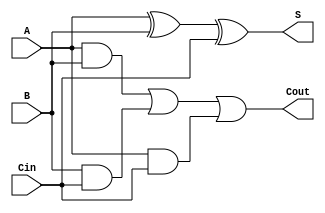
module FullAdder (
    input wire A,     // First input bit
    input wire B,     // Second input bit
    input wire Cin,   // Carry-in bit
    output wire S,    // Sum output
    output wire Cout  // Carry-out output
);

// Intermediate signals
wire xor1_out;      // Intermediate output of the first XOR gate
wire and1_out;      // Output of the first AND gate
wire and2_out;      // Output of the second AND gate
wire and3_out;      // Output of the third AND gate

// Level 1: Sum Calculation
// First XOR gate for A and B
xor (xor1_out, A, B); // xor1_out = A XOR B

// Second XOR gate for intermediate result and Cin
xor (S, xor1_out, Cin); // S = (A XOR B) XOR Cin

// Level 1: Carry-Out Calculation
// AND gates for checking pairs of inputs
and (and1_out, A, B);   // and1_out = A AND B
and (and2_out, B, Cin);  // and2_out = B AND Cin
and (and3_out, A, Cin);  // and3_out = A AND Cin

// OR gate to consolidate the outputs of the AND gates into Cout
or (Cout, and1_out, and2_out, and3_out); // Cout = (A AND B) OR (B AND Cin) OR (A AND Cin)

endmodule